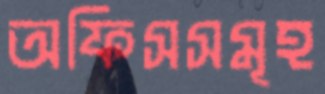
অফিসসমূহ